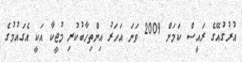
އުރުގުއޭގެ ރައީސް ކަމަށް 2009 ވަނަ އަހަރު އިންތިހާބުކުރި މުޖީކާ އަކީ އެގައުމުގެ